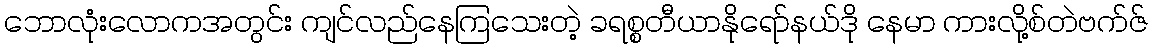
ဘောလုံးလောကအတွင်း ကျင်လည်နေကြသေးတဲ့ ခရစ္စတီယာနိုရော်နယ်ဒို နေမာ ကားလို့စ်တဲဗက်ဇ်